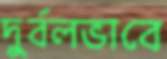
দুর্বলভাবে